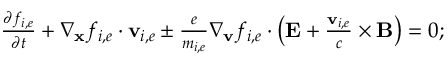
\begin{array} { r } { \frac { \partial f _ { i , e } } { \partial t } + \nabla _ { \mathbf { x } } f _ { i , e } \cdot \mathbf { v } _ { i , e } \pm \frac { e } { m _ { i , e } } \nabla _ { \mathbf { v } } f _ { i , e } \cdot \left( \mathbf { E } + \frac { \mathbf { v } _ { i , e } } { c } \times \mathbf { B } \right) = 0 ; } \end{array}